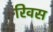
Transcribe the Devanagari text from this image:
रिवस